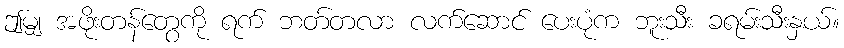
ဤမျှ အဖိုးတန်တွေကို ရက် ဘတ်တလာ လက်ဆောင် ပေးပုံက ဘူးသီး ခရမ်းသီးနှယ်။